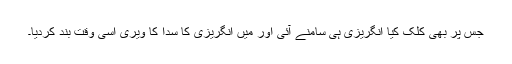
جس پر بھی کلک کیا انگریزی ہی سامنے آئی اور میں انگریزی کا سدا کا ویری اسی وقت بند کردیا۔